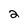
Character: 2